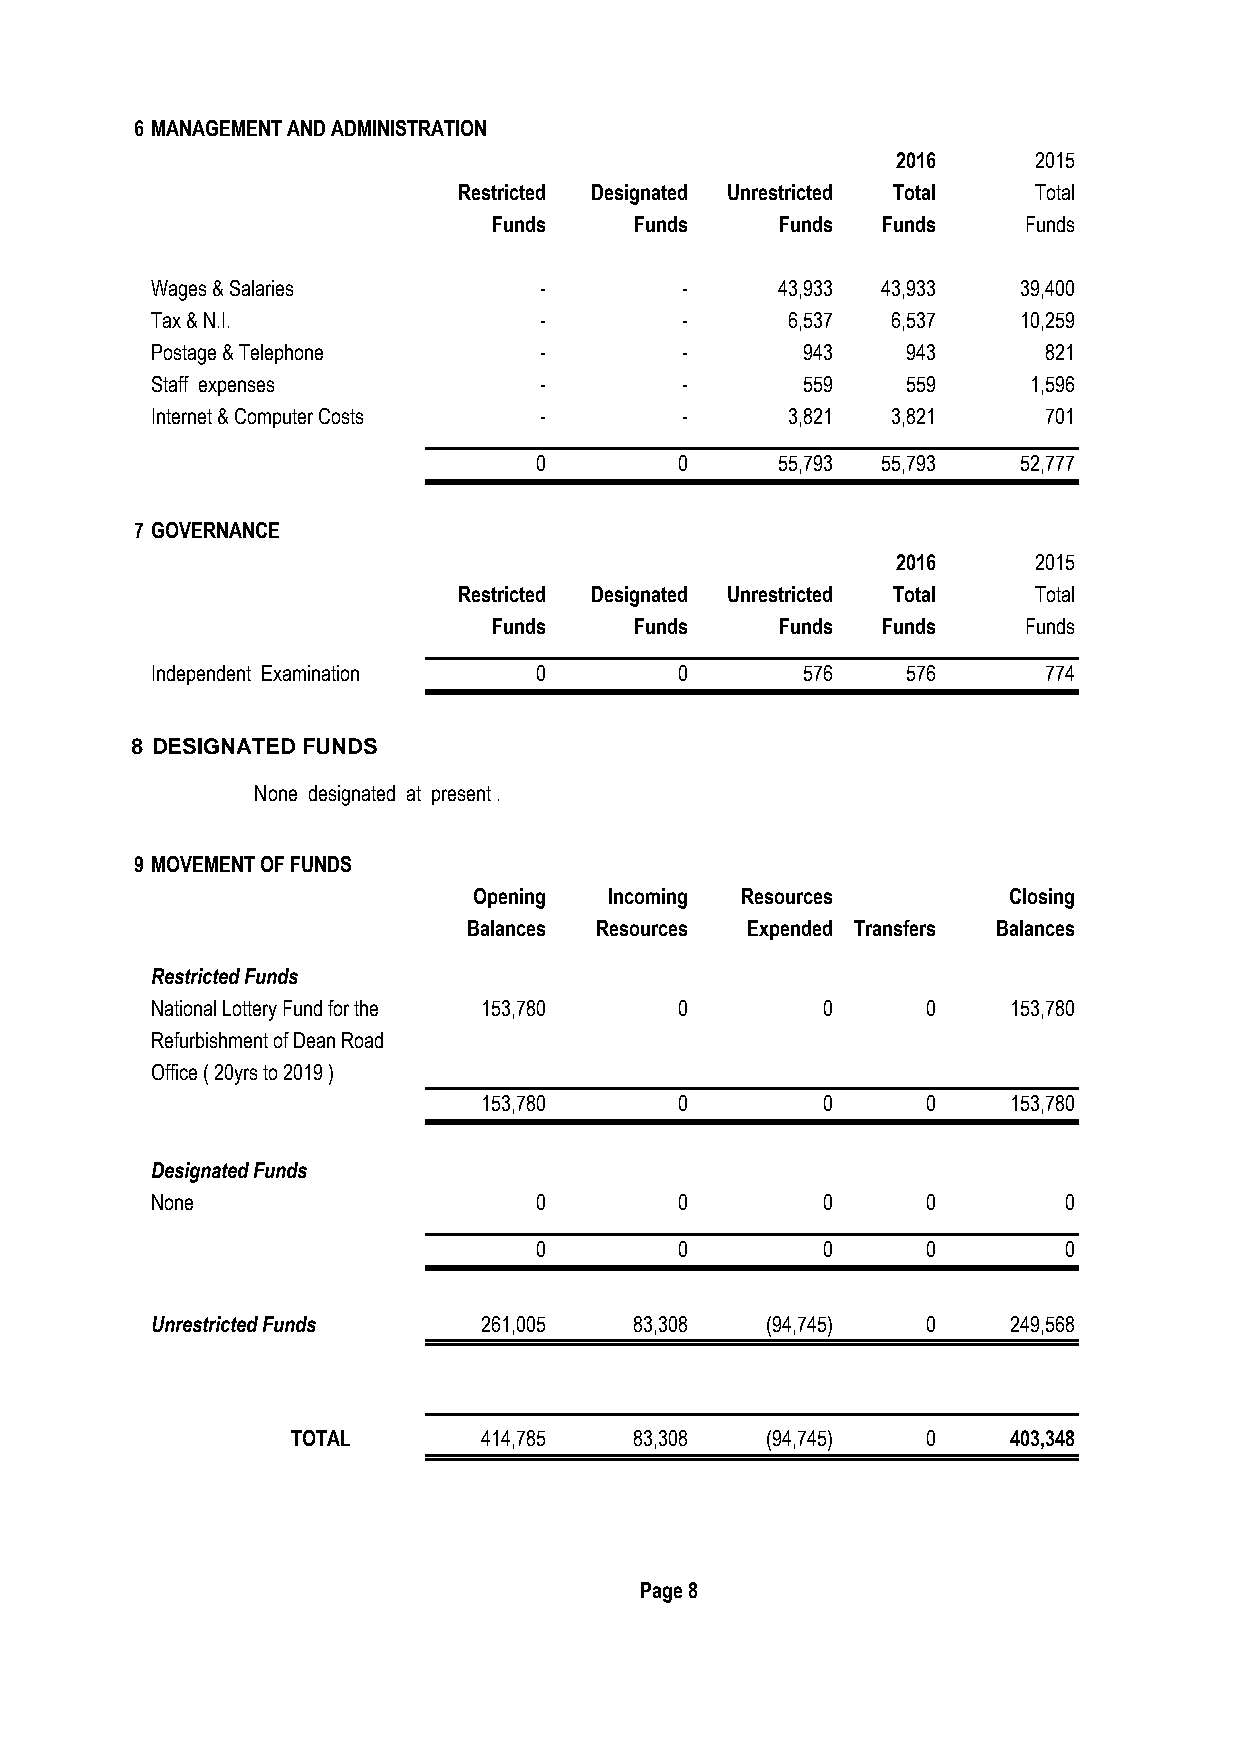
6 MANAGEMENT AND ADMINISTRATION
 2016     2015
 Restricted Designated Unrestricted Total Total
 Funds    Funds     Funds Funds     Funds
 Wages & Salaries          -        -     43,933 43,933   39,400
 Tax & N.I.                -        -      6,537  6,537   10,259
 Postage & Telephone       -        -       943    943      821
 Staff expenses            -        -       559    559     1,596
 Internet & Computer Costs -        -      3,821  3,821     701
 0         0     55,793 55,793   52,777
 7 GOVERNANCE
 2016     2015
 Restricted Designated Unrestricted Total Total
 Funds    Funds     Funds Funds     Funds
 Independent Examination  0         0       576    576      774
 8 DESIGNATED FUNDS
 None designated at present .
 9 MOVEMENT OF FUNDS
 Opening  Incoming Resources         Closing
 Balances Resources Expended Transfers Balances
 Restricted Funds
 National Lottery Fund for the 153,780 0     0      0     153,780
 Refurbishment of Dean Road
 Office ( 20yrs to 2019 )
 153,780      0        0      0     153,780
 Designated Funds
 None                     0         0        0      0        0
 0         0        0      0        0
 Unrestricted Funds    261,005   83,308   (94,745)  0     249,568
 TOTAL        414,785   83,308   (94,745)  0     403,348
 Page 8